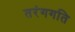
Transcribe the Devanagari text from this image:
तरंगगति